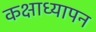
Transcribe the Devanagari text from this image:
कक्षाध्यापन